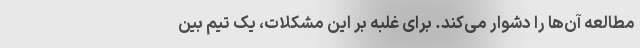
مطالعه آن‌ها را دشوار می‌کند. برای غلبه بر این مشکلات، یک تیم بین